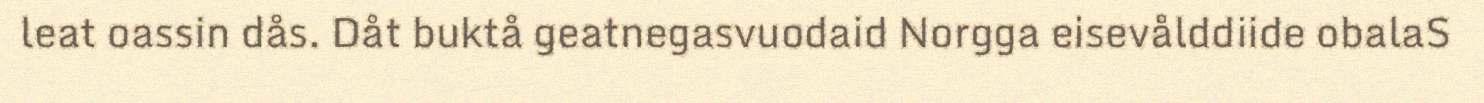
leat oassin dås. Dåt buktå geatnegasvuodaid Norgga eisevålddiide obalaS